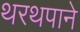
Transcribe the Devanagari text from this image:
थरथपाने